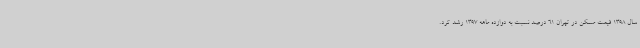
سال 1398 قیمت مسکن در تهران 61 درصد نسبت به دوازده ماهه 1397 رشد کرد.